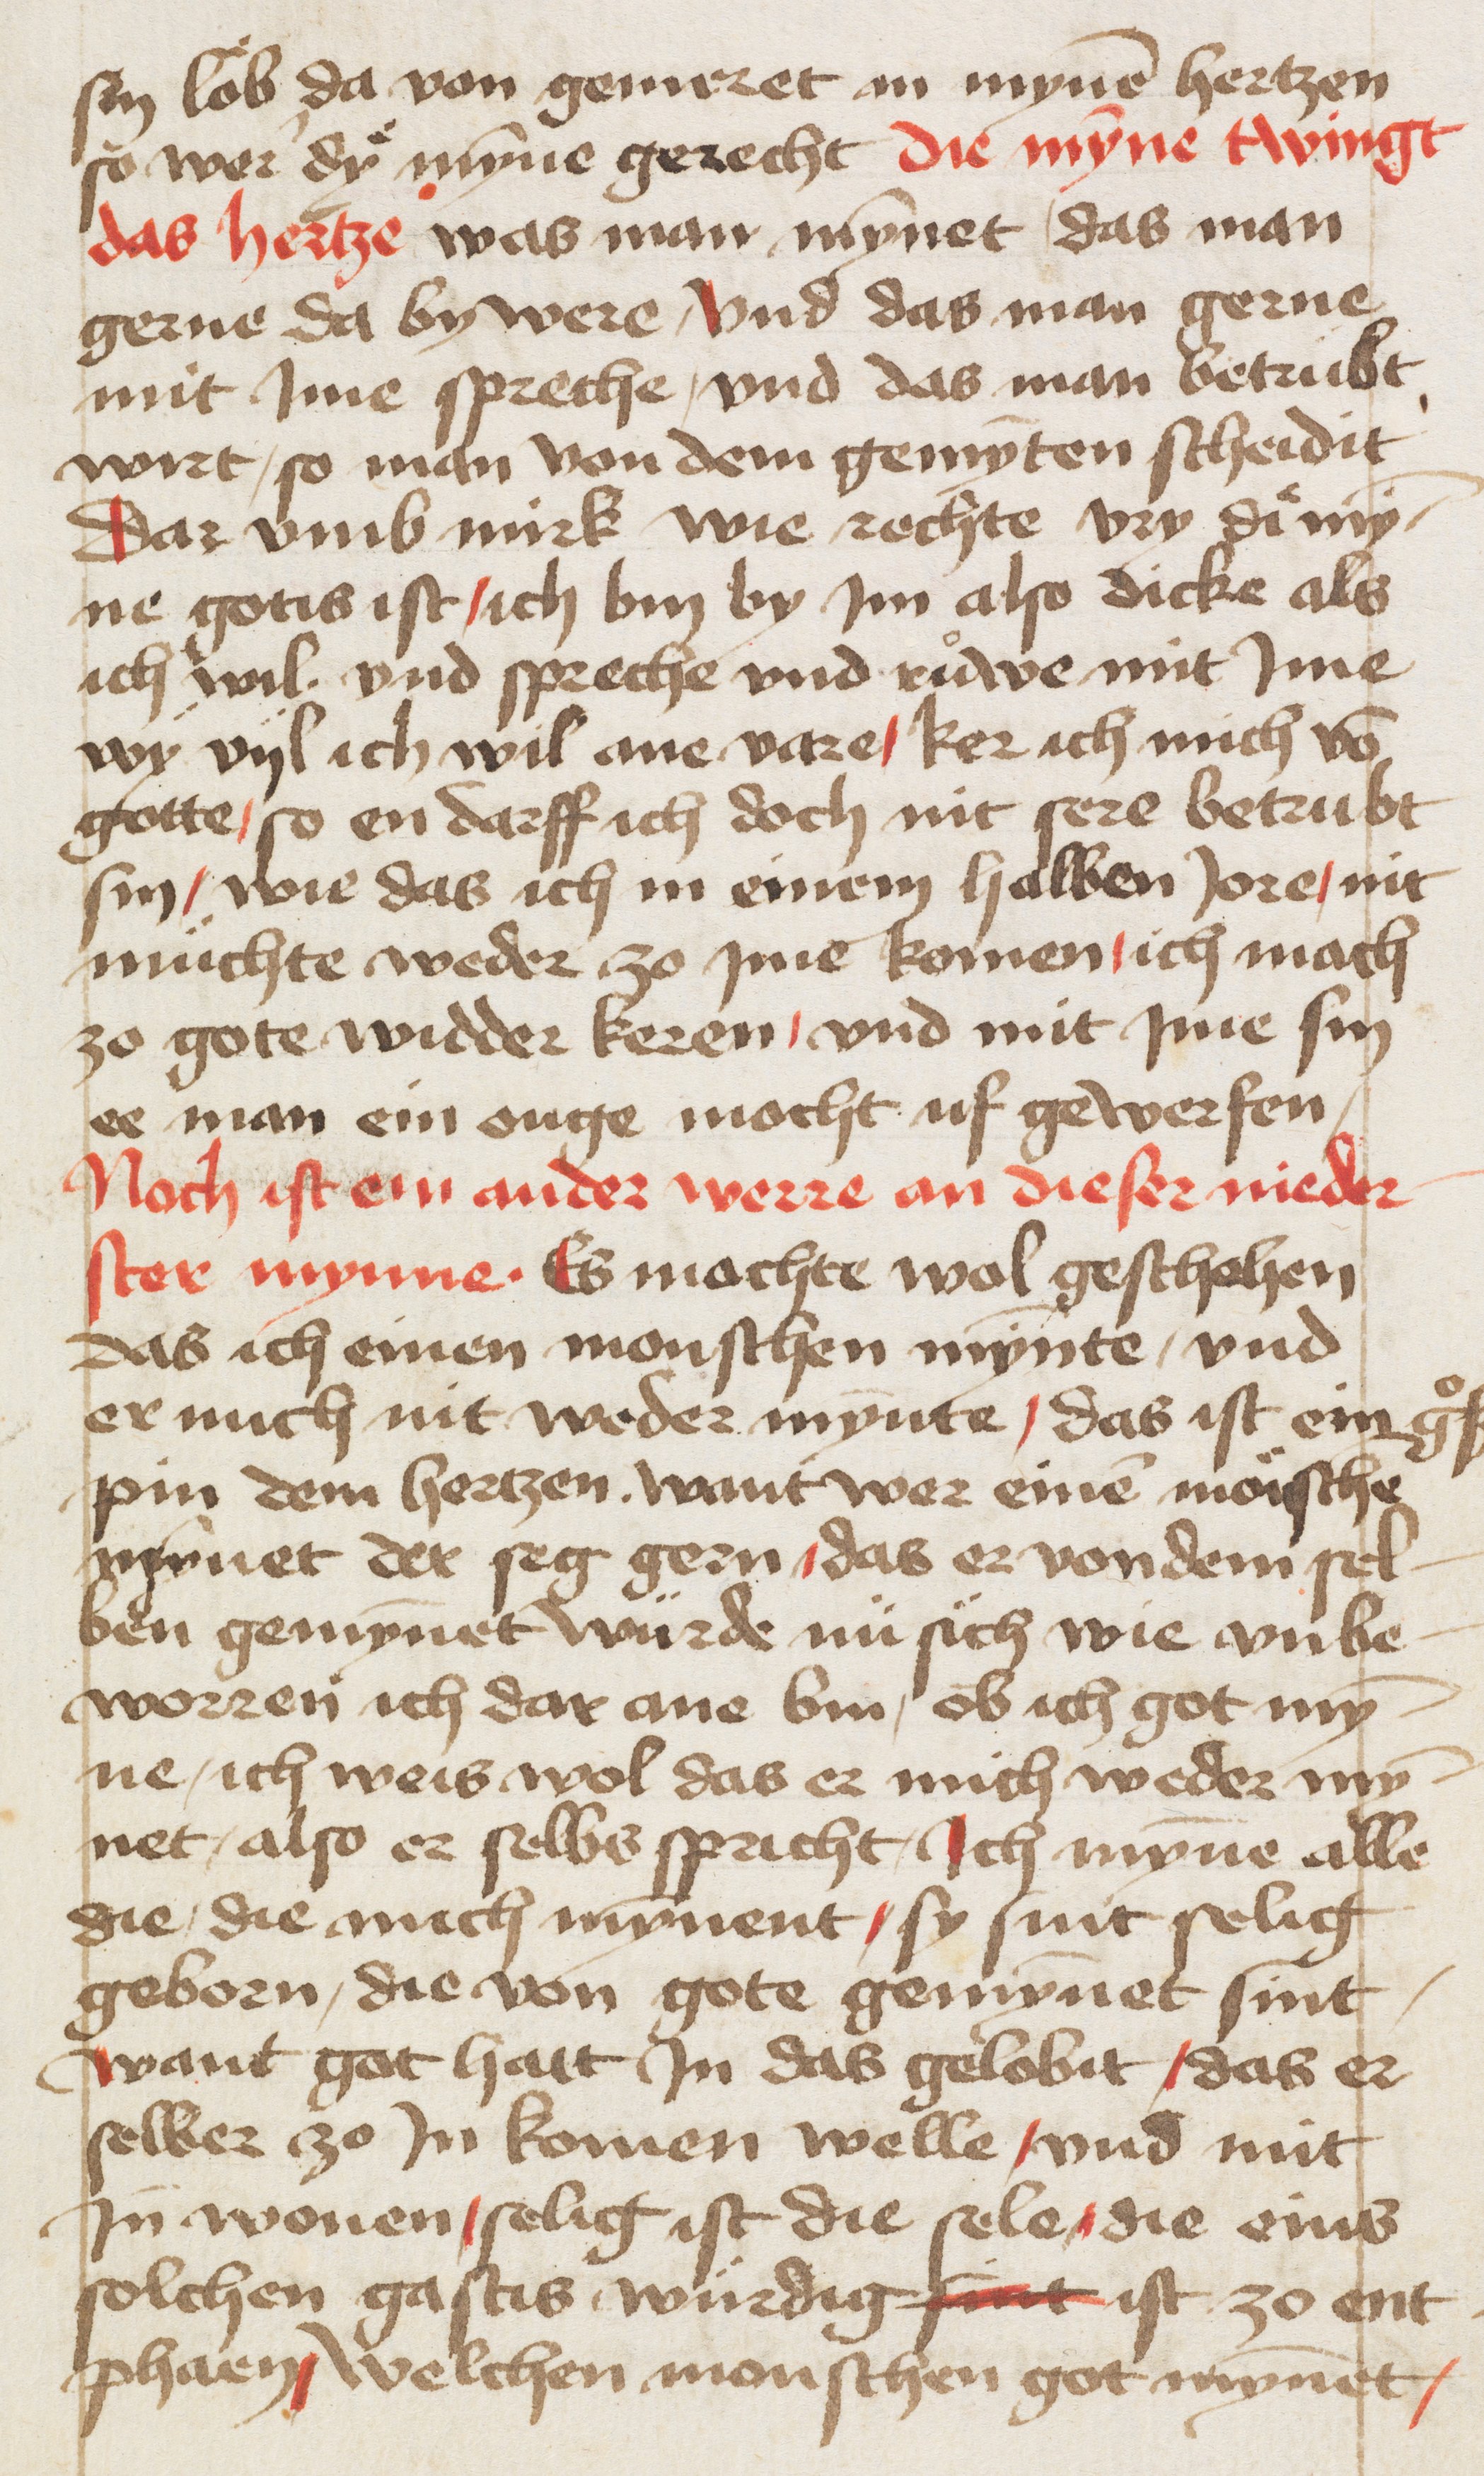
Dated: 1400–1499